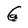
Character: G